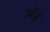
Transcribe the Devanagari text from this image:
ज्यॅन्न